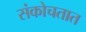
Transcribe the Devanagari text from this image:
संकोचतात